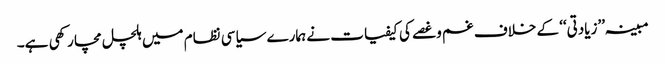
مبینہ ’’زیادتی‘‘ کے خلاف غم وغصے کی کیفیات نے ہمارے سیاسی نظام میں ہلچل مچا رکھی ہے۔